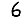
Digit: 6